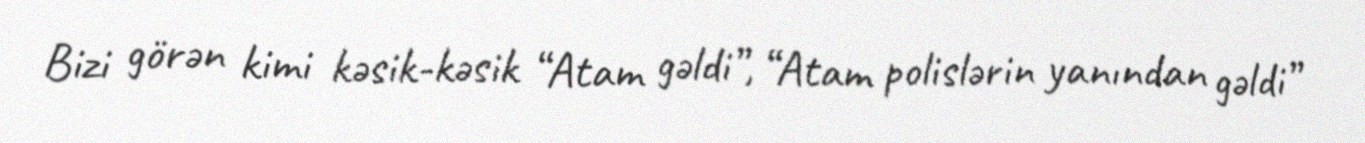
Bizi görən kimi kəsik-kəsik “Atam gəldi”, “Atam polislərin yanından gəldi”